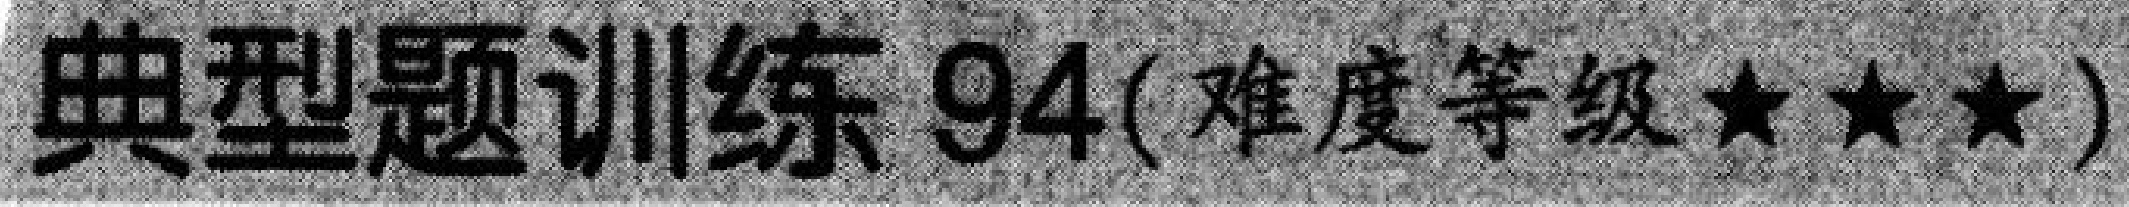
典型题训练 94(难度等级★★★)